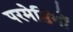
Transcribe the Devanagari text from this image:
परमेष्ठियों